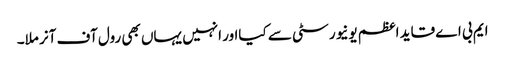
ایم بی اے قاید اعظم یونیورسٹی سے کیااور انہیں یہاں بھی رول آف آنر ملا۔